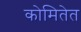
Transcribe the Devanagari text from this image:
कोमितेत